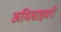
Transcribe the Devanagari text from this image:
अधिसाइवरों